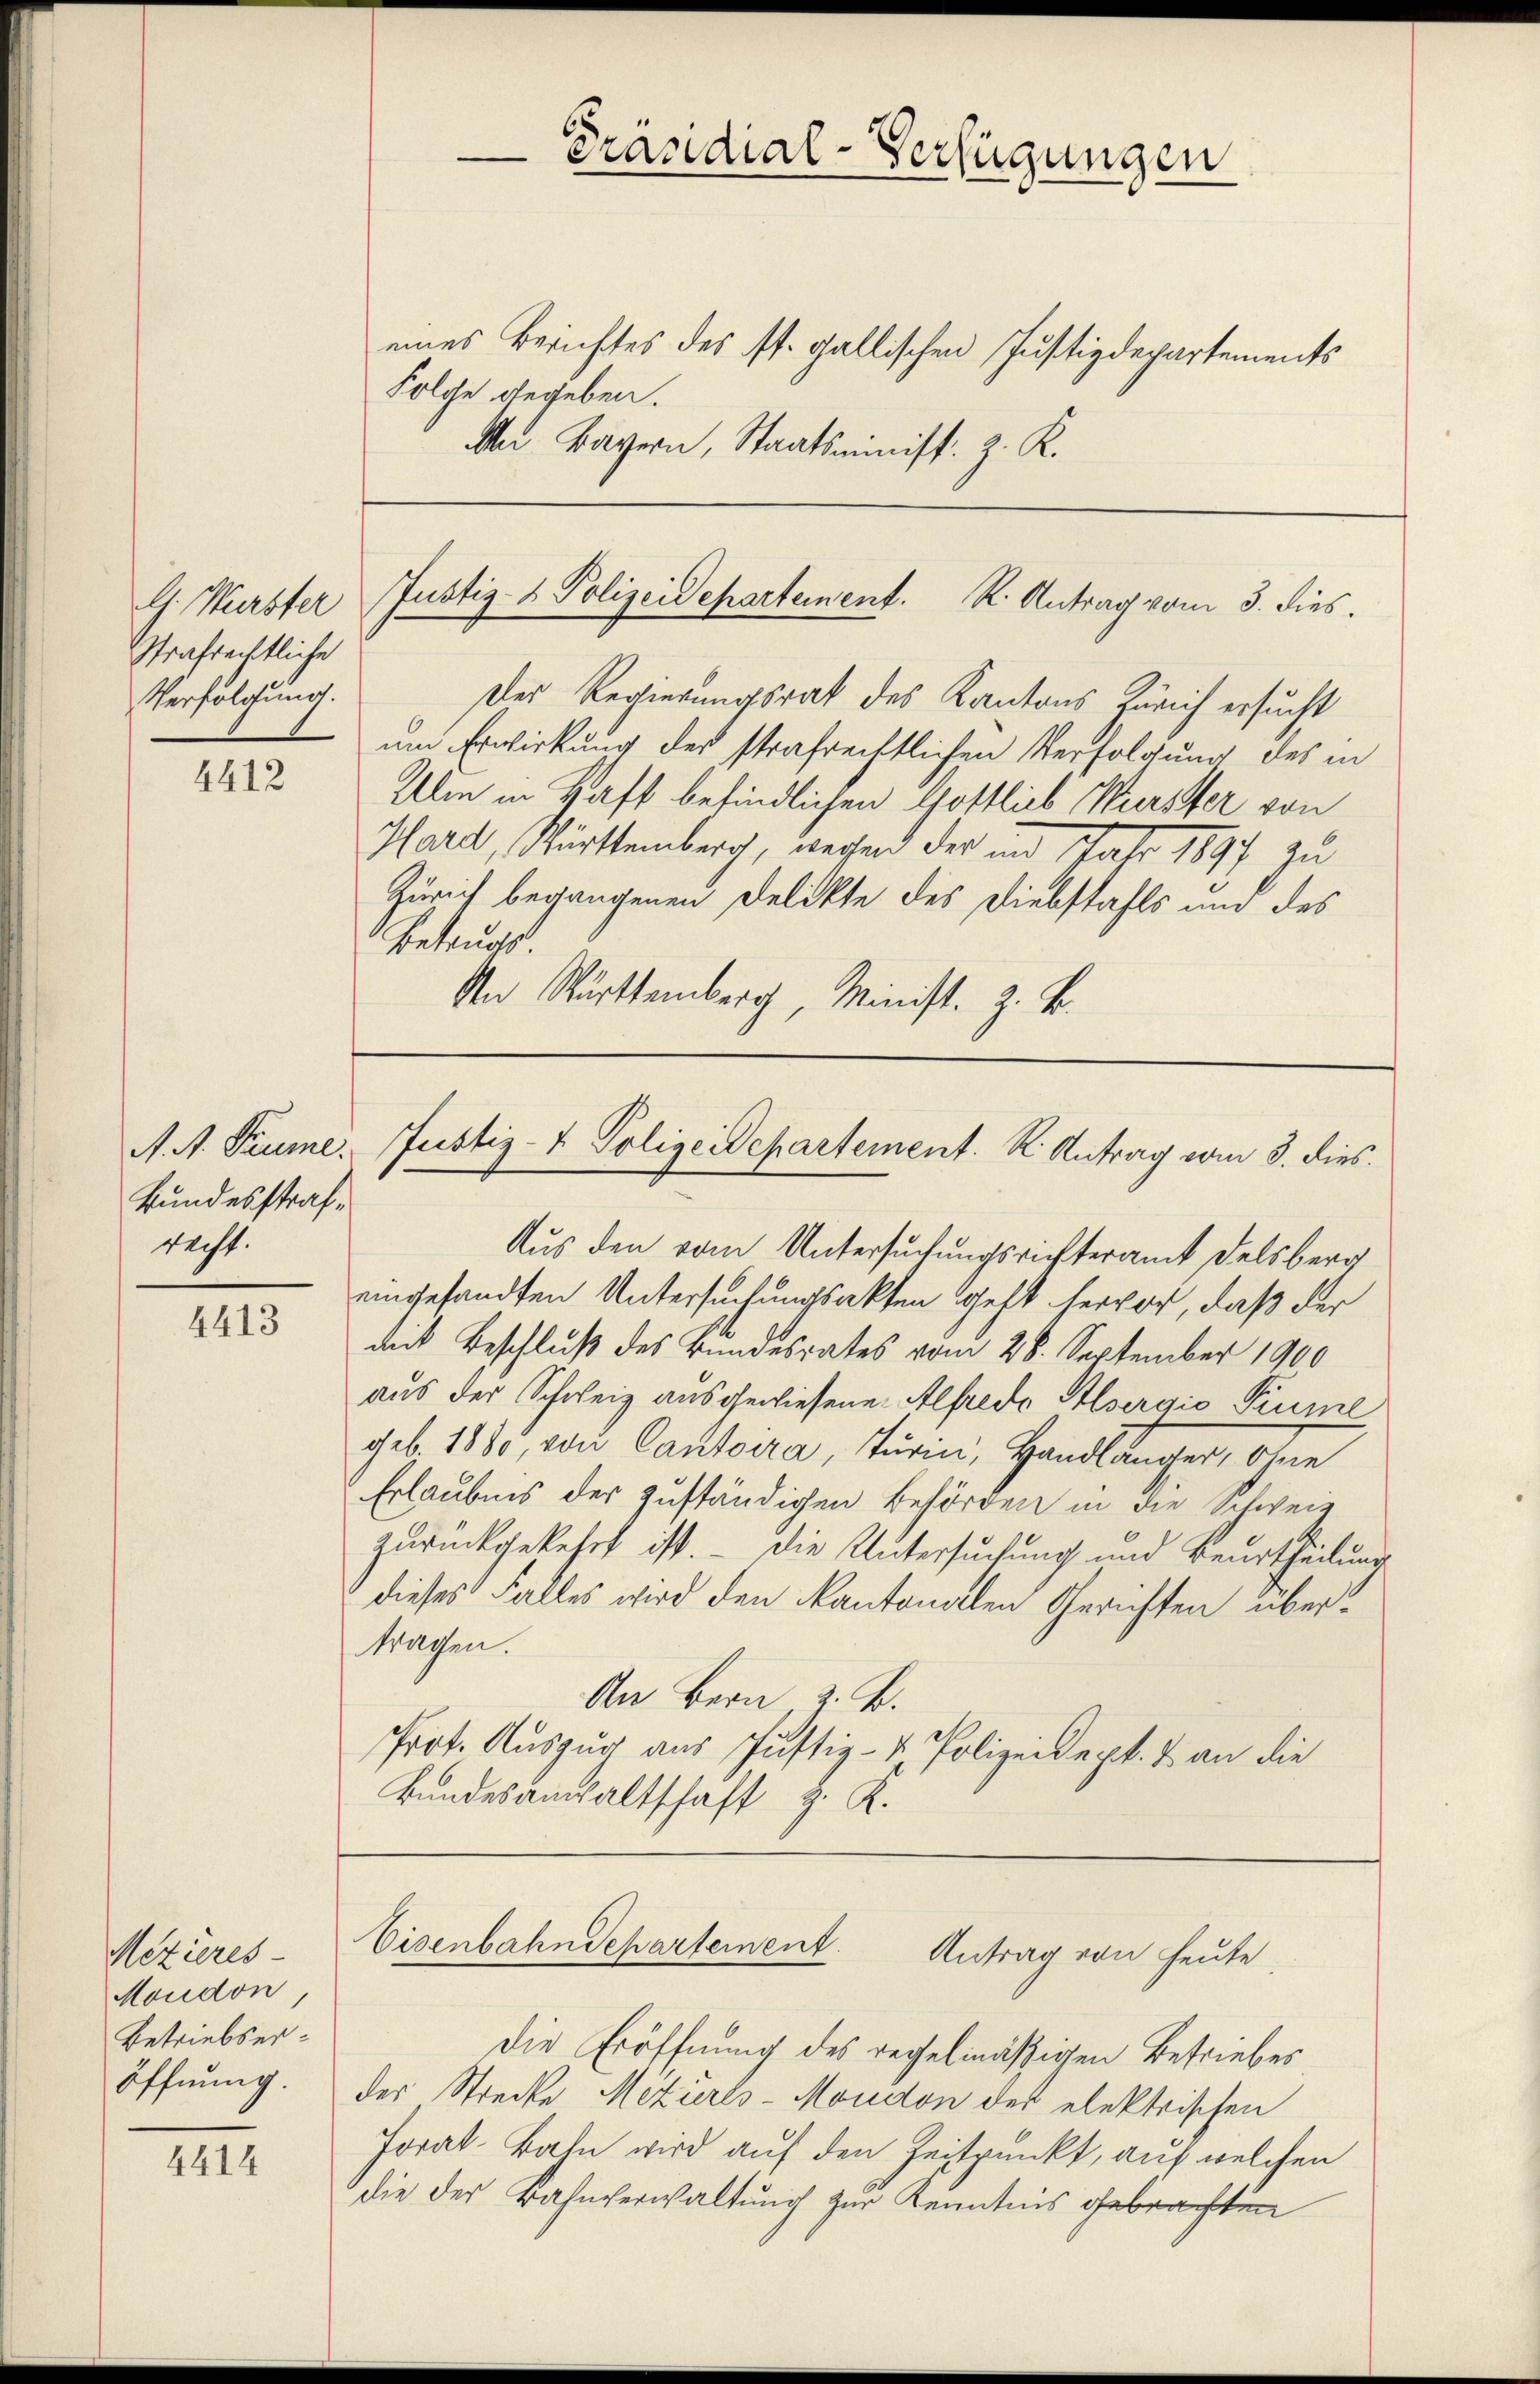
Prädial-Verfügungen

eines Berichtes des st. gallischen Justizdepartements
Folche gegeben.
Mar. Bayern, Staatsminist. Z. K.

Justiz- & Polizeidepartement. R. Antrag vom 3. dies.

G. Würster
Strafrechtliche
Verfolgung.

Der Regierungsrat des Kantons Zürich ersucht
um Erwirkung der strafrechtlichen Verfolgung des in
Ulm in Haft befindlichen Gottlich Würster von
Hard, Württemberg, wegend der im Jahr 1897 zu
Zürich begangenen Delikte des Diebstahls und des
Betruges.
An Württemberg, Minist. Z. B.

4412

Justiz- & Polizeidepartement. K. Antrag vom 3. dies

A. M. Paume.
Bundesstrafrecht.

Aus den vom Untersuchungsrichteramt Delsberg
eingesandten Untersuchungsakten Geht hervor, daß der
mit Beschluß des Bundesrates vom 28. September 1900
aus der Schweiz ausgewiesene Alfredo Albergis Piume
geb. 1880, von Cantoira, Turin, Handlänger, ohne
Erlaubnis der zuständigen Behörden in die Schweiz
zurückgekehrt ist. - Die Untersuchung und Beurtheilung
dieses Falles wird den Kantonalen Gerichten übertragen.
An Bern z. B.
Prot. Auszug aus Justiz- & Polizeidept. & an die
Bundesanwaltschaft z. K.

4413

Eisenbahndepartement
Antrag von heute

Mezieres-
Moudon,
Betriebseröffnung.

Die Eröffnung des regelmäßigen Betriebes
der Strecke Mezürls-Moudon der elektrischen
Forat-Bahn wird auf den Zeitpunkt, auf welchen
die der Bahnverwaltung zur Kenntnis gebrachten

4414